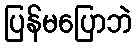
ပြန်မပြောဘဲ